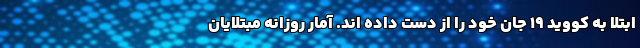
ابتلا به کووید ۱۹ جان خود را از دست داده اند. آمار روزانه مبتلایان